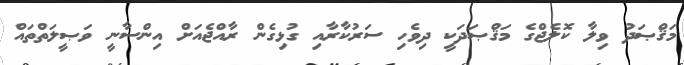
މަޤްޞަދު ވިލާ ކޮލެޖްގެ މަޤްޞަދަކީ ދިވެހި ސަރުކާރާއި ގުޅިގެން ރާއްޖެއަށް އިންސާނީ ވަޞީލަތްތައް